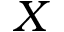
X